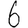
Digit: 6